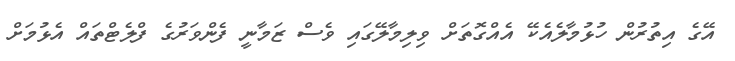
އޭގެ އިތުރުން ހުޅުމާލެއެކޭ އެއްގޮތަށް ވިލިމާލޭގައި ވެސް ޒަމާނީ ފެންވަރުގެ ފްލެޓްތައް އެޅުމަށް